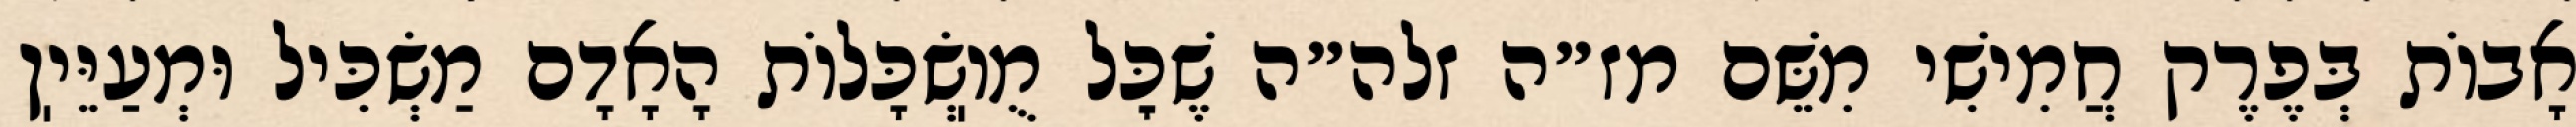
אָבוֹת בְּפֶרֶק חֲמִישִׁי מִשֵּׁם מז״ה זלה״ה שֶׁכׇּל מֻוֽשְׂכָּלוֹת הָאָדָם מַשְׂכִּיל וּמְעַיֵּיֽן